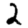
Digit: 2